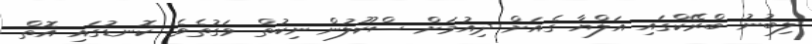
ލިބުނު ބްރޭކްގައި އަލްޔާ ގެއަށް ދިއުމަށްް ސްކޫލުން ނިކުތް ވަގުތެވެ. ކޮނޑުގައި އޮތް